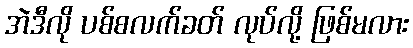
အဲဒီလို ပစ်စလက်ခတ် လုပ်လို့ ဖြစ်မလား